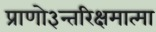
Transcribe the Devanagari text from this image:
प्राणो३न्तरिक्षमात्मा